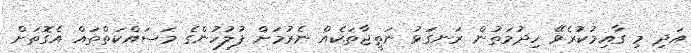
އަދި މި ގާއިމުކުރެވޭ ހިދުމަތުން ރަނގަޅު ނަތީޖާތަކެއް ނެރުމަށް ފުލުހުންގެ މަސައްކަތްތައް އެގޮތަށް